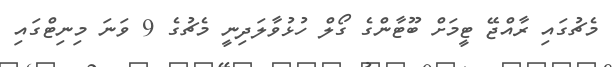
މެޗުގައި ރާއްޖޭ ޓީމަށް ބޫޓާންގެ ގޯލް ހުޅުވާލަދިނީ މެޗުގެ 9 ވަނަ މިނިޓްގައި